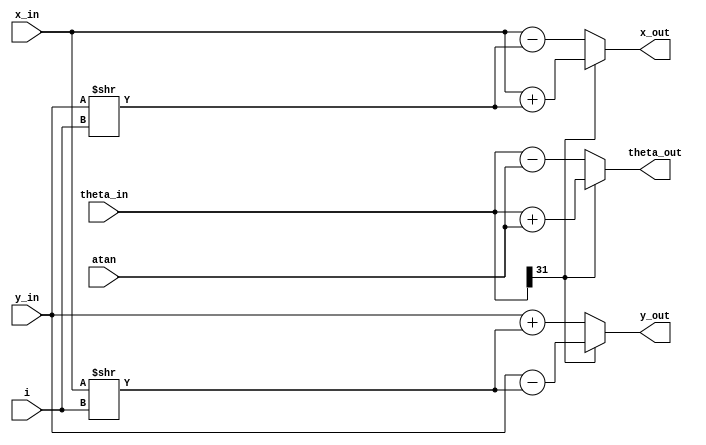
module cordic_block(
    input wire signed [31:0] x_in,
    input wire signed [31:0] y_in,
    input wire signed [31:0] theta_in,
    input wire signed [31:0] atan,
    input wire [4:0] i,
    output wire signed [31:0] x_out,
    output wire signed [31:0] y_out,
    output wire signed [31:0] theta_out
);

wire theta_neg;
assign theta_neg = theta_in[31];

assign x_out = theta_neg ? x_in + (y_in >> i) : x_in - (y_in >> i);
assign y_out = theta_neg ? y_in - (x_in >> i) : y_in + (x_in >> i);
assign theta_out = theta_neg ? theta_in + atan : theta_in - atan;

endmodule